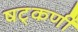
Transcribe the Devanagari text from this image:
षट्‌कर्णीं